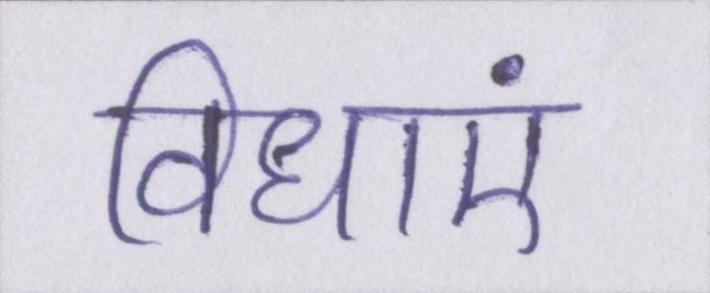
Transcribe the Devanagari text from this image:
विधाएं